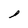
Character: l